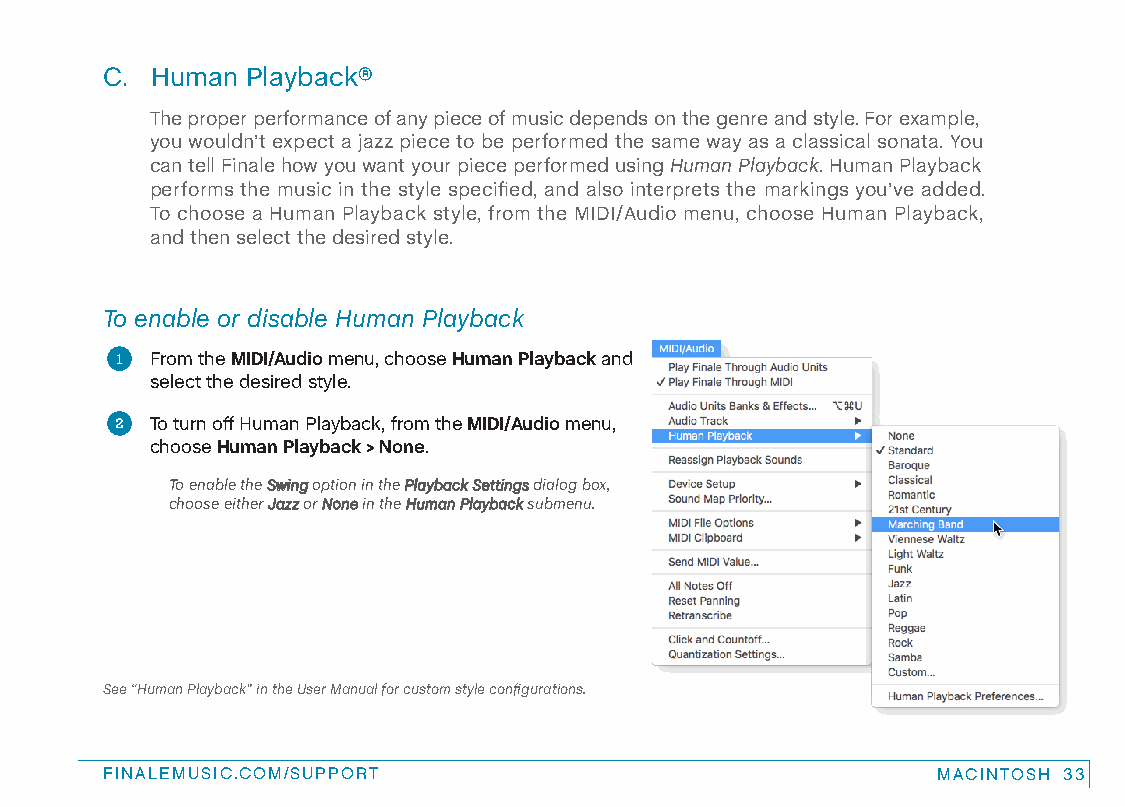
C. Human Playback®
 The proper performance of any piece of music depends on the genre and style. For example,
 you wouldn’t expect a jazz piece to be performed the same way as a classical sonata. You
 can tell Finale how you want your piece performed using Human Playback. Human Playback
 performs the music in the style specified, and also interprets the markings you’ve added.
 To choose a Human Playback style, from the MIDI/Audio menu, choose Human Playback,
 and then select the desired style.
 To enable or disable Human Playback
 1 From the MIDI/Audio menu, choose Human Playback and
 select the desired style.
 2 To turn off Human Playback, from the MIDI/Audio menu,
 choose Human Playback > None.
 To enable the Swing option in the Playback Settings dialog box,
 choose either Jazz or None in the Human Playback submenu.
 See “Human Playback” in the User Manual for custom style configurations.
 FINALEMUSIC.COM/SUPPORT                                MACINTOSH 33